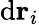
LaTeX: \textrm d{\mathbf r}_{i}